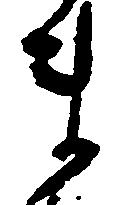
ま